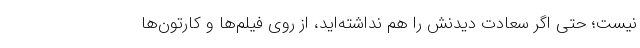
نیست؛ حتی اگر سعادت دیدنش را هم نداشته‌اید، از روی فیلم‌ها و کارتون‌ها